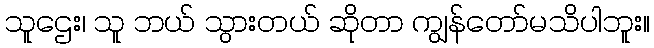
သူဌေး၊ သူ ဘယ် သွားတယ် ဆိုတာ ကျွန်တော်မသိပါဘူး။